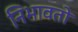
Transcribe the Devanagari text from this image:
निभावतो